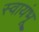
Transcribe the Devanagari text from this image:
स्वायंभू